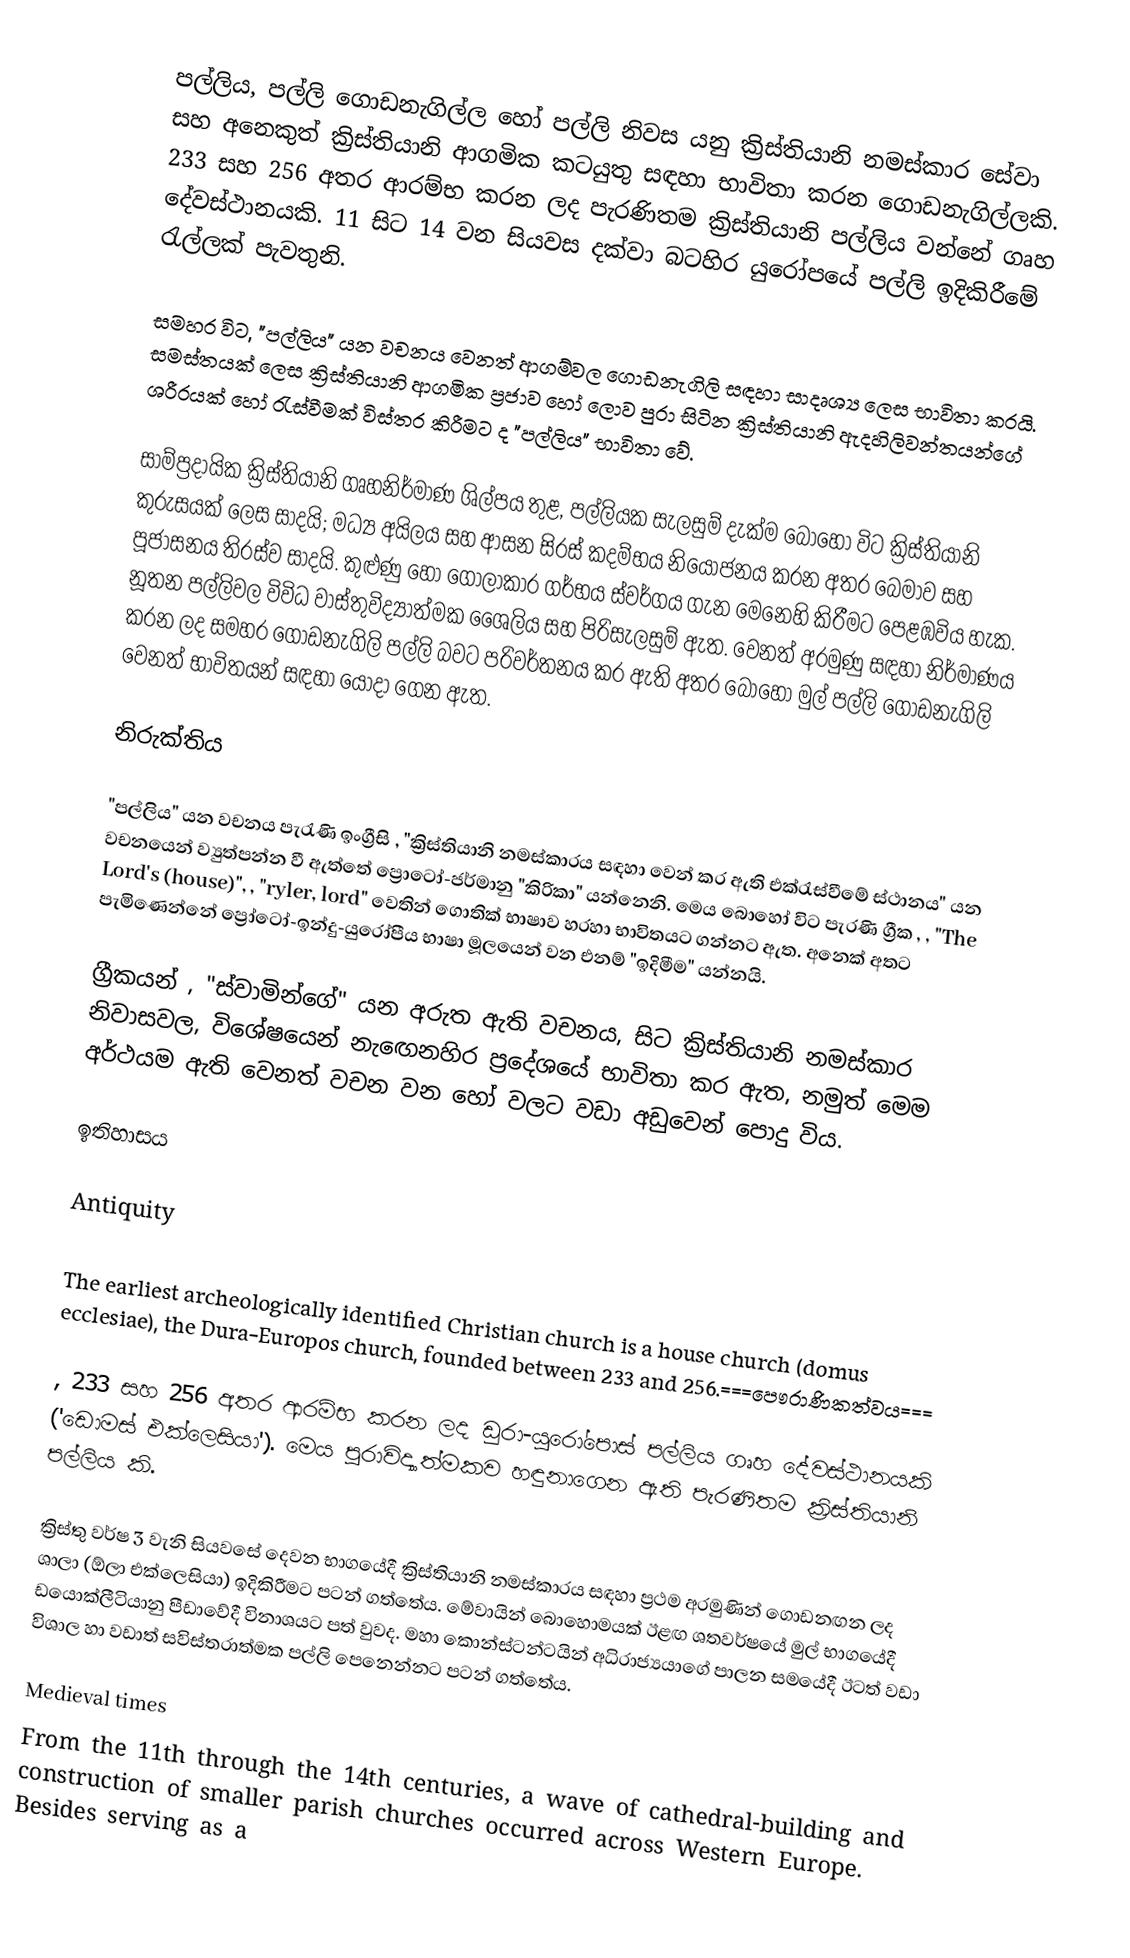
පල්ලිය, පල්ලි ගොඩනැගිල්ල හෝ පල්ලි නිවස යනු ක්‍රිස්තියානි නමස්කාර සේවා සහ අනෙකුත් ක්‍රිස්තියානි ආගමික කටයුතු සඳහා භාවිතා කරන ගොඩනැගිල්ලකි. 233 සහ 256 අතර ආරම්භ කරන ලද පැරණිතම ක්‍රිස්තියානි පල්ලිය වන්නේ ගෘහ දේවස්ථානයකි. 11 සිට 14 වන සියවස දක්වා බටහිර යුරෝපයේ පල්ලි ඉදිකිරීමේ රැල්ලක් පැවතුනි.

සමහර විට, "පල්ලිය" යන වචනය වෙනත් ආගම්වල ගොඩනැගිලි සඳහා සාදෘශ්‍ය ලෙස භාවිතා කරයි. සමස්තයක් ලෙස ක්‍රිස්තියානි ආගමික ප්‍රජාව හෝ ලොව පුරා සිටින ක්‍රිස්තියානි ඇදහිලිවන්තයන්ගේ ශරීරයක් හෝ රැස්වීමක් විස්තර කිරීමට ද "පල්ලිය" භාවිතා වේ.

සාම්ප්‍රදායික ක්‍රිස්තියානි ගෘහනිර්මාණ ශිල්පය තුළ, පල්ලියක සැලසුම් දැක්ම බොහෝ විට ක්‍රිස්තියානි කුරුසයක් ලෙස සාදයි; මධ්‍ය අයිලය සහ ආසන සිරස් කදම්භය නියෝජනය කරන අතර බෙමාව සහ පූජාසනය තිරස්ව සාදයි. කුළුණු හෝ ගෝලාකාර ගර්භය ස්වර්ගය ගැන මෙනෙහි කිරීමට පෙළඹවිය හැක. නූතන පල්ලිවල විවිධ වාස්තුවිද්‍යාත්මක ශෛලිය සහ පිරිසැලසුම් ඇත. වෙනත් අරමුණු සඳහා නිර්මාණය කරන ලද සමහර ගොඩනැගිලි පල්ලි බවට පරිවර්තනය කර ඇති අතර බොහෝ මුල් පල්ලි ගොඩනැගිලි වෙනත් භාවිතයන් සඳහා යොදා ගෙන ඇත.

නිරුක්තිය

"පල්ලිය" යන වචනය පැරැණි ඉංග්‍රීසි , "ක්‍රිස්තියානි නමස්කාරය සඳහා වෙන් කර ඇති එක්රැස්වීමේ ස්ථානය" යන වචනයෙන් ව්‍යුත්පන්න වී ඇත්තේ ප්‍රොටෝ-ජර්මානු "කිරිකා" යන්නෙනි. මෙය බොහෝ විට පැරණි ග්‍රීක , , "The Lord's (house)", , "ryler, lord" වෙතින් ගොතික් භාෂාව හරහා භාවිතයට ගන්නට ඇත.  අනෙක් අතට පැමිණෙන්නේ ප්‍රෝටෝ-ඉන්දු-යුරෝපීය භාෂා මූලයෙන් වන   එනම් "ඉදිමීම" යන්නයි.

ග්‍රීකයන් , "ස්වාමින්ගේ" යන අරුත ඇති වචනය,  සිට ක්‍රිස්තියානි නමස්කාර නිවාසවල, විශේෂයෙන් නැඟෙනහිර ප්‍රදේශයේ භාවිතා කර ඇත, නමුත් මෙම අර්ථයම ඇති වෙනත් වචන වන  හෝ  වලට වඩා අඩුවෙන් පොදු විය.

ඉතිහාසය

Antiquity

The earliest archeologically identified Christian church is a house church (domus ecclesiae), the Dura-Europos church, founded between 233 and 256.===පෞරාණිකත්වය===

 , 233 සහ 256 අතර ආරම්භ කරන ලද ඩුරා-යුරෝපොස් පල්ලිය ගෘහ දේවස්ථානයකි ('ඩොමස් එක්ලෙසියා'). මෙය පුරාවිද්‍යාත්මකව හඳුනාගෙන ඇති පැරණිතම ක්‍රිස්තියානි පල්ලිය කි.

ක්‍රිස්තු වර්ෂ 3 වැනි සියවසේ දෙවන භාගයේදී ක්‍රිස්තියානි නමස්කාරය සඳහා ප්‍රථම අරමුණින් ගොඩනඟන ලද ශාලා (ඕලා එක්ලෙසියා) ඉදිකිරීමට පටන් ගත්තේය. මේවායින් බොහොමයක් ඊළඟ ශතවර්ෂයේ මුල් භාගයේදී ඩයොක්ලීටියානු පීඩාවේදී විනාශයට පත් වුවද. මහා කොන්ස්ටන්ටයින් අධිරාජ්‍යයාගේ පාලන සමයේදී ඊටත් වඩා විශාල හා වඩාත් සවිස්තරාත්මක පල්ලි පෙනෙන්නට පටන් ගත්තේය.

Medieval times
From the 11th through the 14th centuries, a wave of cathedral-building and construction of smaller parish churches occurred across Western Europe. Besides serving as a